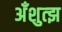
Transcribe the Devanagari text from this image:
अँशुत्झ